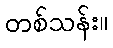
တစ်သန်း။